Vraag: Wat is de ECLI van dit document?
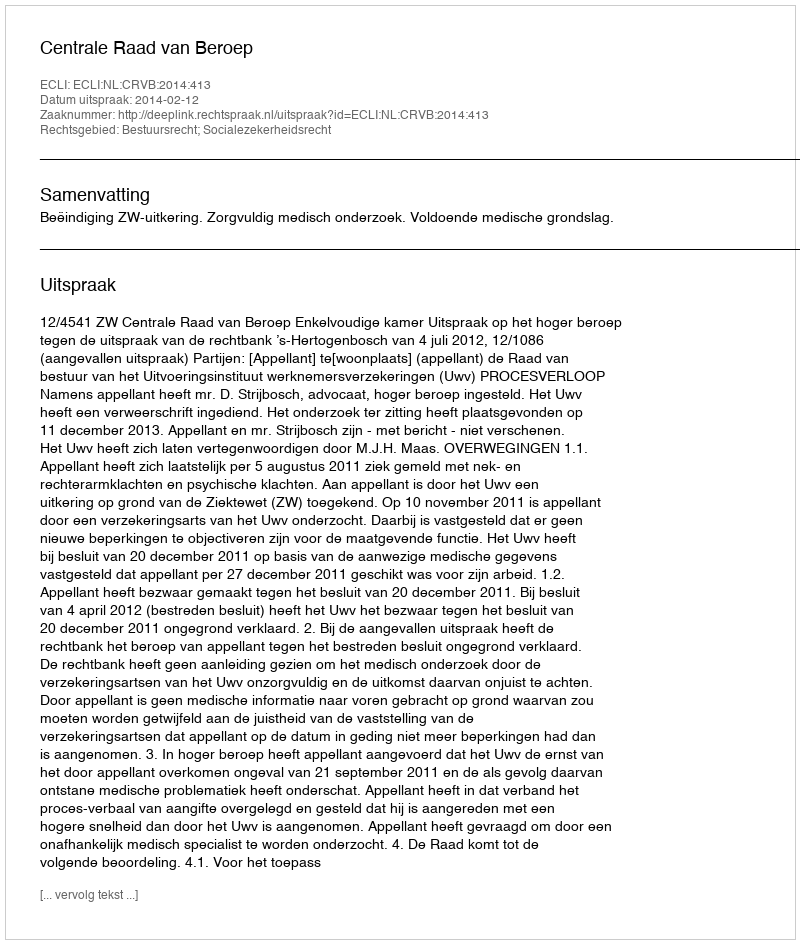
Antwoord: ECLI:NL:CRVB:2014:413